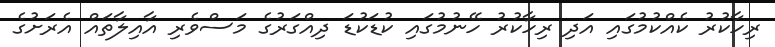
ރިހާކުރު ކެއްކުމުގައި އަދި ރިހާކުރު ހޭނުމުގައި ކުޑަކުޑަ ދިއްގަރުގެ މަސްވެރި އާއިލާތައް އެރަށުގެ